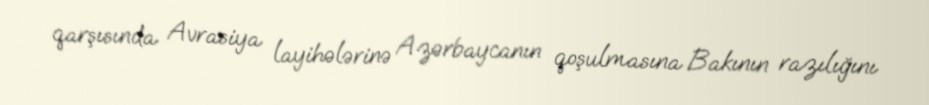
qarşısında Avrasiya layihələrinə Azərbaycanın qoşulmasına Bakının razılığını